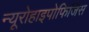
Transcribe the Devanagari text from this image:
न्यूरोहाइपोफिजिस